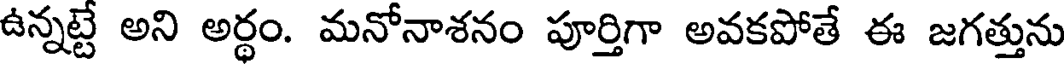
ఉన్నట్టే అని అర్థం. మనోనాశనం పూర్తిగా అవకపోతే ఈ జగత్తును